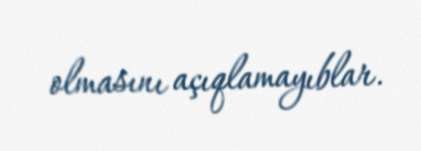
olmasını açıqlamayıblar.